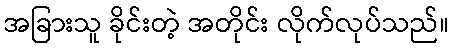
အခြားသူ ခိုင်းတဲ့ အတိုင်း လိုက်လုပ်သည်။